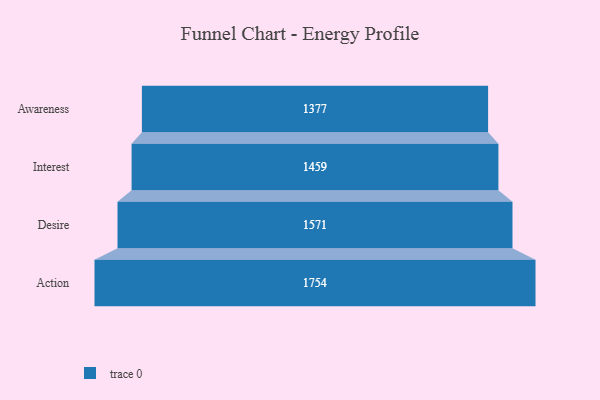
{"axis": {"x": "Stage", "y": "Value"}, "legend": [""], "data": [{"x": "Awareness", "y": 1377.0, "type": ""}, {"x": "Interest", "y": 1459.0, "type": ""}, {"x": "Desire", "y": 1571.0, "type": ""}, {"x": "Action", "y": 1754.0, "type": ""}]}